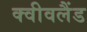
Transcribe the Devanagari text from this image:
क्वीवलैंड